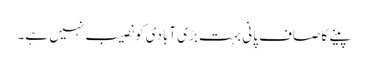
پینے کا صاف پانی بہت بڑی آبادی کو نصیب نہیں ہے۔